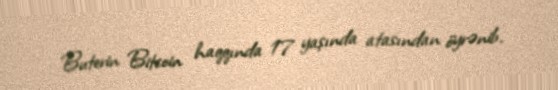
Buterin Bitcoin haqqında 17 yaşında atasından öyrənib.